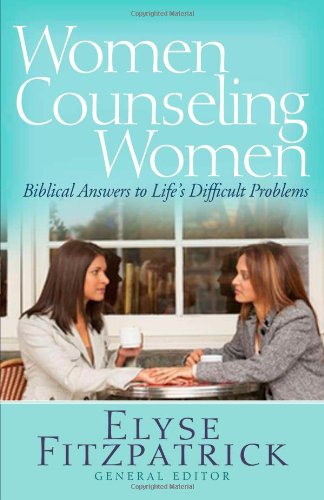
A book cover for Women Counseling Women: Biblical Answers to Life's Difficult Problems; Christian Books & Bibles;